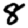
Digit: 8